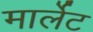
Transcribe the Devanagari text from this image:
मार्लेट